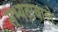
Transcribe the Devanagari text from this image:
सभ्यतावाले